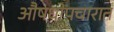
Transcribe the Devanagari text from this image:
औषधोपचारात